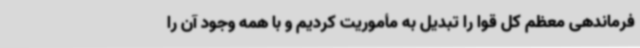
فرماندهی معظم کل قوا را تبدیل به مأموریت کردیم و با همه وجود آن را